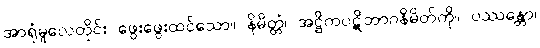
အာရုံမူလေတိုင်း ဖွေးဖွေးထင်သော။ နိမိတ္တံ၊ အဋ္ဌိကပဋိဘာဂနိမိတ်ကို။ ပဿန္တော၊